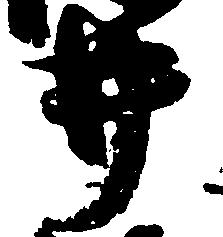
井